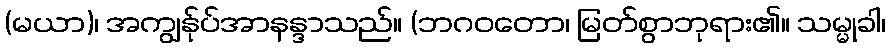
(မယာ)၊ အကျွန်ုပ်အာနန္ဒာသည်။ (ဘဂဝတော၊ မြတ်စွာဘုရား၏။ သမ္မုခါ၊